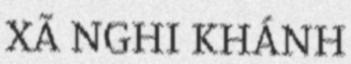
XÃ NGHI KHÁNH